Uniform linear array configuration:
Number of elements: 4
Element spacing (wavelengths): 0.25
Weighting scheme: kaiser
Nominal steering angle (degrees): -15
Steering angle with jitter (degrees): -15.827
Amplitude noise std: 0.05
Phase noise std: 0.05

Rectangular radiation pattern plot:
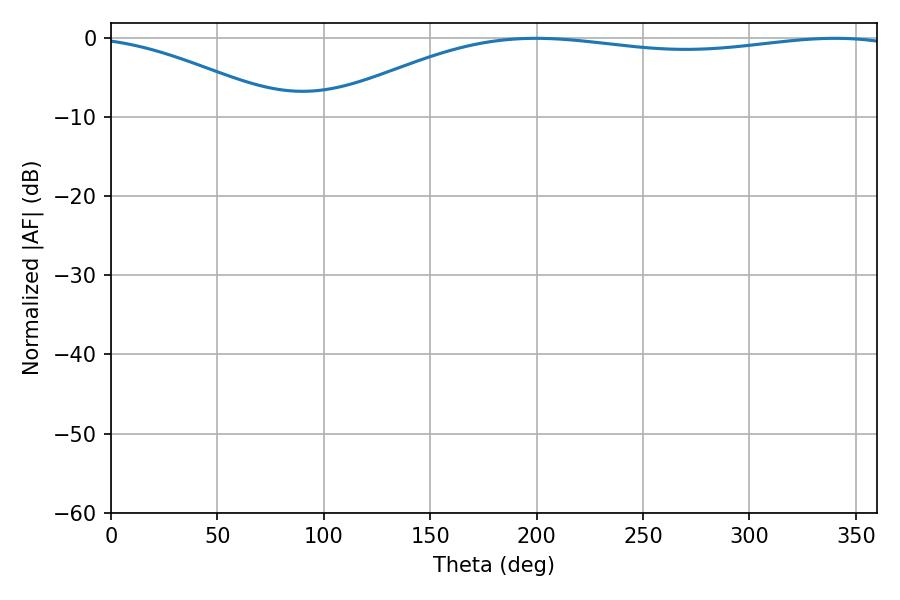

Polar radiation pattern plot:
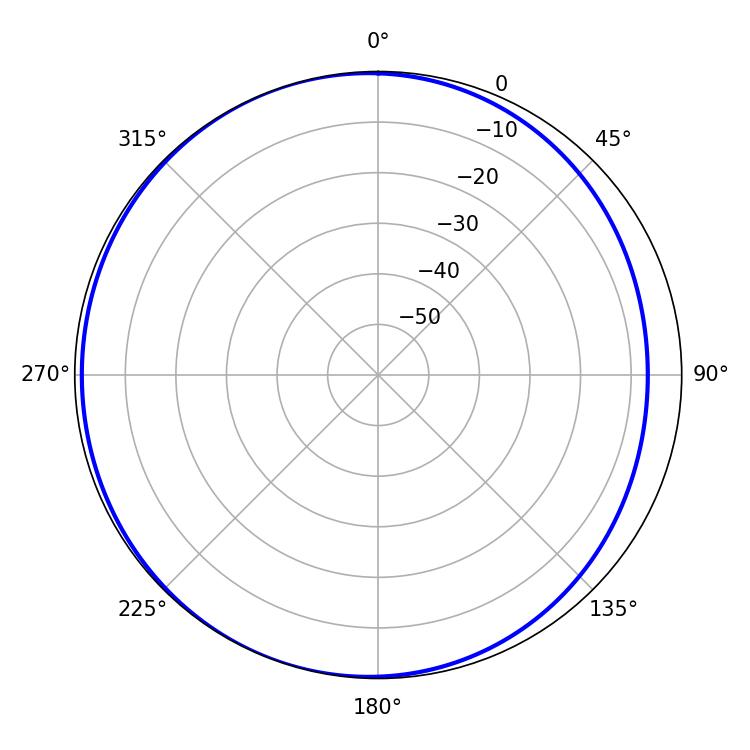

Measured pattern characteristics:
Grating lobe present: FALSE
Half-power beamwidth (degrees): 217.44
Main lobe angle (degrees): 340.38